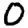
Digit: 0